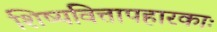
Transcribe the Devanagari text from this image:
शिष्यवित्तापहारकाः